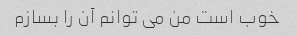
خوب است من می توانم آن را بسازم